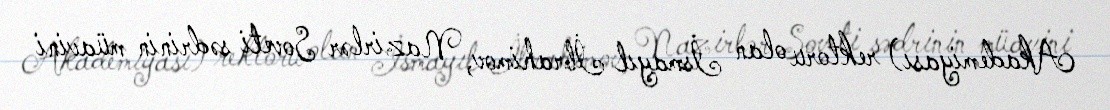
Akademiyası) rektoru olan İsmayıl İbrahimov, Nazirlər Soveti sədrinin müavini